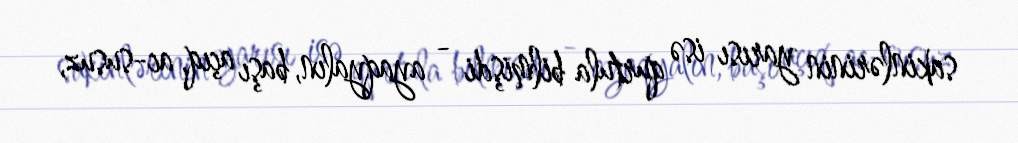
sakinlərinin yarısı isə qurtula bilmişdi - ayaqyalın, başı açıq, ac-susuz,